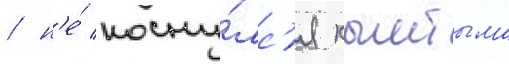
/ н'е́ косну́лс'я кыштыма